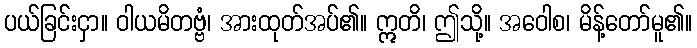
ပယ်ခြင်းငှာ။ ဝါယမိတဗ္ဗံ၊ အားထုတ်အပ်၏။ ဣတိ၊ ဤသို့။ အဝေါစ၊ မိန့်တော်မူ၏။